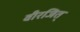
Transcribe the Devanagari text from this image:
वीरजित्